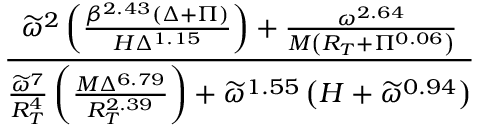
\frac { \widetilde { \omega } ^ { 2 } \left( \frac { \beta ^ { 2 . 4 3 } \left( \Delta + \Pi \right) } { H \Delta ^ { 1 . 1 5 } } \right) + \frac { \omega ^ { 2 . 6 4 } } { M \left( R _ { T } + \Pi ^ { 0 . 0 6 } \right) } } { \frac { \widetilde { \omega } ^ { 7 } } { R _ { T } ^ { 4 } } \left( \frac { M \Delta ^ { 6 . 7 9 } } { R _ { T } ^ { 2 . 3 9 } } \right) + \widetilde \omega ^ { 1 . 5 5 } \left( H + \widetilde \omega ^ { 0 . 9 4 } \right) }